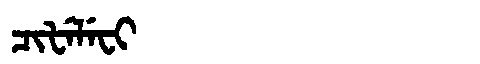
Manchu: ᠴᡳᡶᡝᠯᡝᠸᡳ
Romanization: CIFELEFI